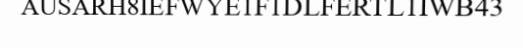
AUSARH8IEFWYE1F1DLFERTL1IWB43